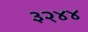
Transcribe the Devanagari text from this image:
३२४४